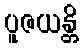
ပူဇယန္တိ